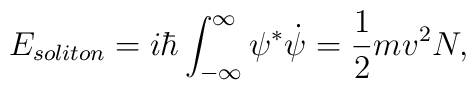
E_{soliton}=i\hbar\int_{-\infty}^\infty\psi^*\dot\psi=\frac{1}{2}mv^2N,